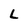
Character: L